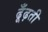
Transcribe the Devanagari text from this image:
ढूँढ़ती